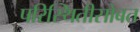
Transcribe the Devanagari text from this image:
परिस्थितीसोबत